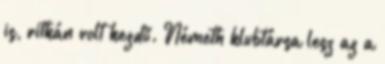
is, ritkán volt kezdő. Németh klubtársa lesz az a